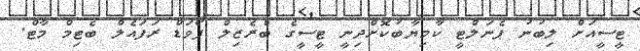
ޓީސީއަށް ލިބުނު ޕެނަލްޓީ ކާމިޔާބުކޮށްދިނީ ޓީސީގެ ބްރެޒިލް ފޯވަޑް ރަފައެލް ބެޓިމް މާޓް.